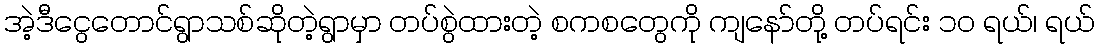
အဲ့ဒီငွေတောင်ရွာသစ်ဆိုတဲ့ရွာမှာ တပ်စွဲထားတဲ့ စကစတွေကို ကျနော်တို့ တပ်ရင်း ၁၀ ရယ်၊ ရယ်